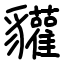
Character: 貛